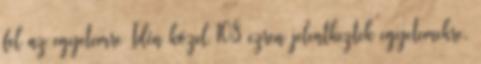
fel az egyetemre Idén közel 108 ezren jelentkeztek egyetemekre,